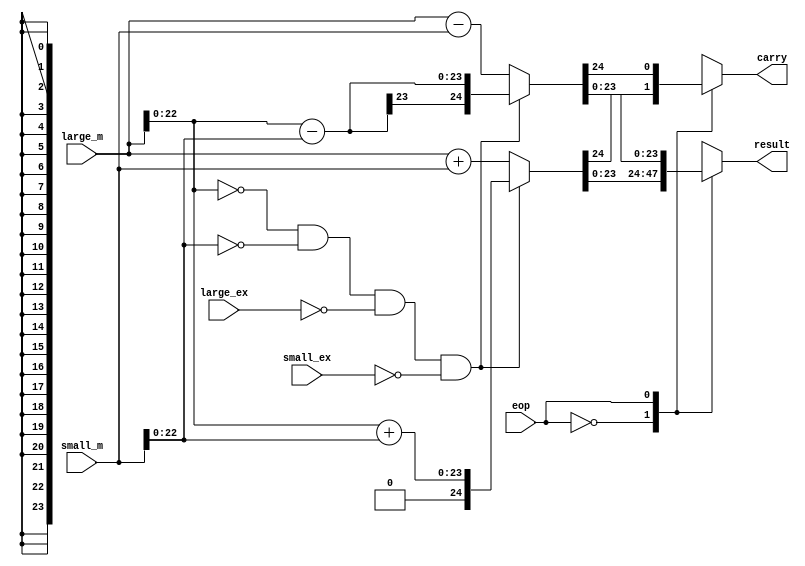
module ALU(
input          wire                    eop,
input          wire       [23:0]       large_m,
input          wire       [23:0]       small_m,
input          wire       [7:0]       large_ex,
input          wire       [7:0]       small_ex,
output         reg        [23:0]       result,
output         reg                     carry
);

always@(*)
begin

	case(eop)
		1'b0 : begin
			if(large_m[22:0]==0 && small_m[22:0]==0 && large_ex == 0 && small_ex == 0) begin
				{carry,result} = {1'b0,1'b0,large_m[22:0]} + {1'b0,1'b0,small_m[22:0]};
		end
		else begin
			{carry,result} = {1'b0,large_m} + {1'b0,small_m};
		end
	end
		1'b1 : begin
			if(large_m[22:0]==0 && small_m[22:0]==0 && large_ex == 0 && small_ex == 0) begin
				{carry,result} = {1'b0,1'b0,large_m[22:0]} - {1'b0,1'b0,small_m[22:0]};
		end
		else begin
			{carry,result} = {1'b0,large_m} - {1'b0,small_m};
		end
	end
	endcase
	
end






endmodule